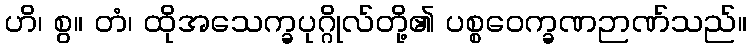
ဟိ၊ စွ။ တံ၊ ထိုအသေက္ခပုဂ္ဂိုလ်တို့၏ ပစ္စဝေက္ခဏဉာဏ်သည်။